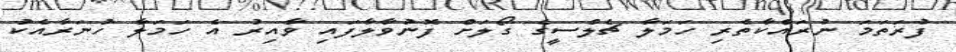
ފުރަތަމަ ނުރައްކާތެރި ހަމަލާ ޗެލްސީގެ ގޯލަށް ފޮނުވާލާފައި ވާއިރު އެ ހަމަލާ ހުނަރާއެކު